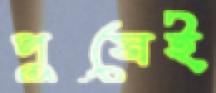
পুষেই